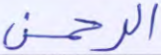
الرحمن